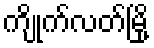
ကျိုက်လတ်မြို့